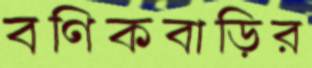
বণিকবাড়ির